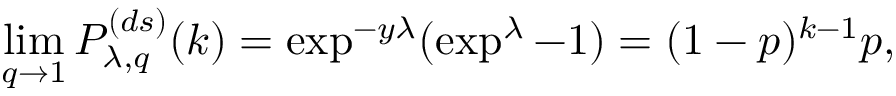
\operatorname* { l i m } _ { q \to 1 } P _ { \lambda , q } ^ { ( d s ) } ( k ) = \exp ^ { - y \lambda } ( \exp ^ { \lambda } - 1 ) = ( 1 - p ) ^ { k - 1 } p ,